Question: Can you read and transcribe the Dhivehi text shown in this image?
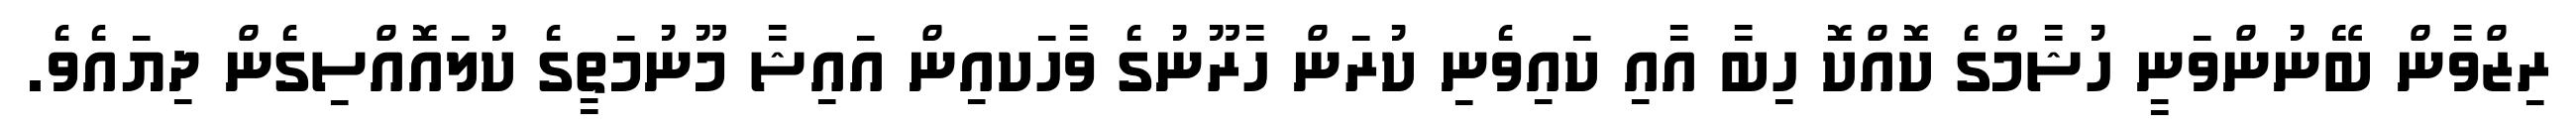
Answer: ރިޒްވާން ބޭނުންވަނީ ހުޝާމްގެ ކޮއްކޮ ހިބާ އާއި ކައިވެނި ކުރަން ހާރޫނުގެ ވާހަކއިން އައިޝާ މޫނުމަތީގެ ކުލައޮއްސިގެން ދިޔައެވެ.